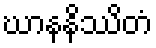
ဃာနနိဿိတံ